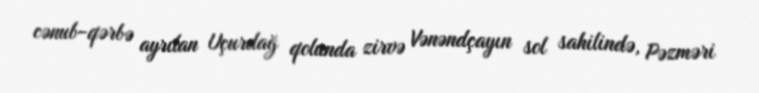
cənub-qərbə ayrılan Uçurdağ qolunda zirvə Vənəndçayın sol sahilində, Pəzməri